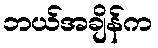
ဘယ်အချိန်က